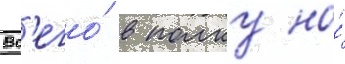
Вс'его́ в полку на́